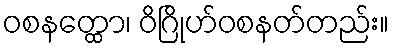
ဝစနတ္ထော၊ ဝိဂြိုဟ်ဝစနတ်တည်း။